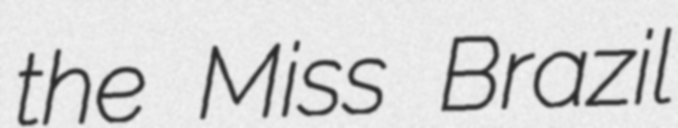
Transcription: the Miss Brazil